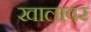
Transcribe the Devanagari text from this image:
खालावर